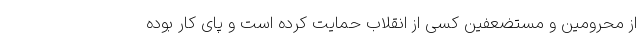
از محرومین و مستضعفین کسی از انقلاب حمایت کرده است و پای کار بوده